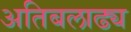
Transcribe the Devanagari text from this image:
अतिबलाढ्य